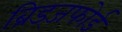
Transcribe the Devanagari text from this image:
ब्रिड्जफोर्ड